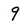
Character: 9